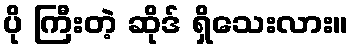
ပို ကြီးတဲ့ ဆိုဒ် ရှိသေးလား။